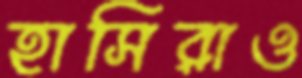
হাসিরাও